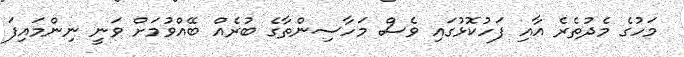
މަހުގެ މެދުތެރެ އާއި ފަހުކޮޅުގައި ވެސް މަހާސިންތާގެ ބުރެއް ބޭއްވުމަށް ވަނީ ނިންމައިފަ